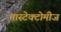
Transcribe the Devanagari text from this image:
मास्टेक्टोमीज